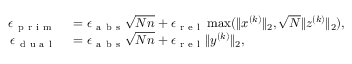
\begin{array} { r l } { \epsilon _ { \mathrm { ~ p ~ r ~ i ~ m ~ } } } & { { } = \epsilon _ { \mathrm { ~ a ~ b ~ s ~ } } \sqrt { N n } + \epsilon _ { \mathrm { ~ r ~ e ~ l ~ } } \operatorname* { m a x } ( \| x ^ { ( k ) } \| _ { 2 } , \sqrt { N } \| z ^ { ( k ) } \| _ { 2 } ) , } \\ { \epsilon _ { \mathrm { ~ d ~ u ~ a ~ l ~ } } } & { { } = \epsilon _ { \mathrm { ~ a ~ b ~ s ~ } } \sqrt { N n } + \epsilon _ { \mathrm { ~ r ~ e ~ l ~ } } \| y ^ { ( k ) } \| _ { 2 } , } \end{array}